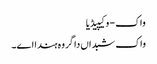
واک - وکیپیڈیا
واک شبداں دا گروہ ہندا اے۔